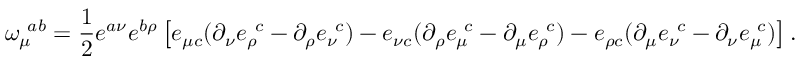
\omega _ { \mu } ^ { \ a b } = \frac { 1 } { 2 } e ^ { a \nu } e ^ { b \rho } \left[ e _ { \mu c } ( \partial _ { \nu } e _ { \rho } ^ { \ c } - \partial _ { \rho } e _ { \nu } ^ { \ c } ) - e _ { \nu c } ( \partial _ { \rho } e _ { \mu } ^ { \ c } - \partial _ { \mu } e _ { \rho } ^ { \ c } ) - e _ { \rho c } ( \partial _ { \mu } e _ { \nu } ^ { \ c } - \partial _ { \nu } e _ { \mu } ^ { \ c } ) \right] .